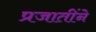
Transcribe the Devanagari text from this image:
प्रजातींने